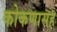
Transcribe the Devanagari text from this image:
कोकणासह